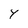
Character: y